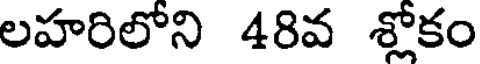
లహరిలోని 48వ శ్లోకం